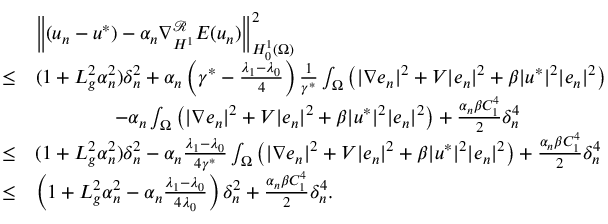
\begin{array} { r l } & { \left\Vert ( u _ { n } - u ^ { * } ) - \alpha _ { n } \nabla _ { H ^ { 1 } } ^ { \mathcal { R } } E ( u _ { n } ) \right\Vert _ { H _ { 0 } ^ { 1 } ( \Omega ) } ^ { 2 } } \\ { \leq } & { ( 1 + L _ { g } ^ { 2 } \alpha _ { n } ^ { 2 } ) \delta _ { n } ^ { 2 } + \alpha _ { n } \left( \gamma ^ { * } - \frac { \lambda _ { 1 } - \lambda _ { 0 } } { 4 } \right) \frac { 1 } { \gamma ^ { * } } \int _ { \Omega } \left( | \nabla e _ { n } | ^ { 2 } + V | e _ { n } | ^ { 2 } + \beta | u ^ { * } | ^ { 2 } | e _ { n } | ^ { 2 } \right) } \\ & { \qquad \qquad - \alpha _ { n } \int _ { \Omega } \left( | \nabla e _ { n } | ^ { 2 } + V | e _ { n } | ^ { 2 } + \beta | u ^ { * } | ^ { 2 } | e _ { n } | ^ { 2 } \right) + \frac { \alpha _ { n } \beta C _ { 1 } ^ { 4 } } { 2 } \delta _ { n } ^ { 4 } } \\ { \leq } & { ( 1 + L _ { g } ^ { 2 } \alpha _ { n } ^ { 2 } ) \delta _ { n } ^ { 2 } - \alpha _ { n } \frac { \lambda _ { 1 } - \lambda _ { 0 } } { 4 \gamma ^ { * } } \int _ { \Omega } \left( | \nabla e _ { n } | ^ { 2 } + V | e _ { n } | ^ { 2 } + \beta | u ^ { * } | ^ { 2 } | e _ { n } | ^ { 2 } \right) + \frac { \alpha _ { n } \beta C _ { 1 } ^ { 4 } } { 2 } \delta _ { n } ^ { 4 } } \\ { \leq } & { \left( 1 + L _ { g } ^ { 2 } \alpha _ { n } ^ { 2 } - \alpha _ { n } \frac { \lambda _ { 1 } - \lambda _ { 0 } } { 4 \lambda _ { 0 } } \right) \delta _ { n } ^ { 2 } + \frac { \alpha _ { n } \beta C _ { 1 } ^ { 4 } } { 2 } \delta _ { n } ^ { 4 } . } \end{array}